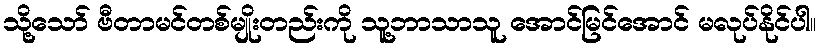
သို့သော် ဗီတာမင်တစ်မျိုးတည်းကို သူ့ဘာသာသူ အောင်မြင်အောင် မလုပ်နိုင်ပါ။